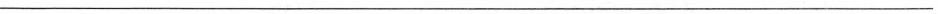
___